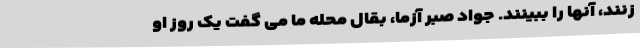
زنند، آنها را ببینند. جواد صبر آزما، بقال محله ما می گفت یک روز او